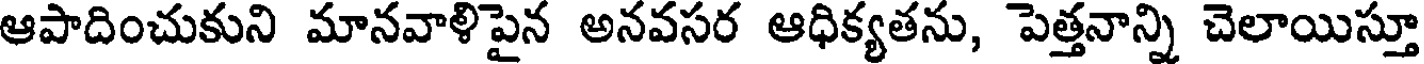
ఆపాదించుకుని మానవాళిపైన అనవసర ఆధిక్యతను, పెత్తనాన్ని చెలాయిస్తూ